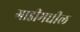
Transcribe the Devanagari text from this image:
गाडीमधील